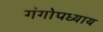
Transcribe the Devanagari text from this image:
गंगोपध्याय